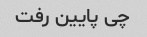
چی پایین رفت